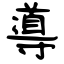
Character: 導